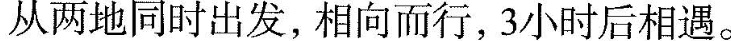
从两地同时出发，相向而行，3小时后相遇。